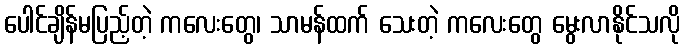
ပေါင်ချိန်မပြည့်တဲ့ ကလေးတွေ၊ သာမန်ထက် သေးတဲ့ ကလေးတွေ မွေးလာနိုင်သလို